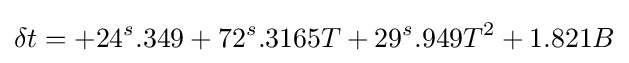
\delta t=+24^{s}.349+72^{s}.3165T+29^{s}.949T^{2}+1.821B